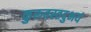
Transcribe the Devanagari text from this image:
कुरूतस्तदुभयं